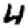
Digit: 4